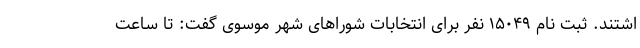
اشتند. ثبت نام ۱۵۰۴۹ نفر برای انتخابات شوراهای شهر موسوی گفت: تا ساعت